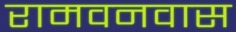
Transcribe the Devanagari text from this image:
रामवनवास